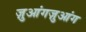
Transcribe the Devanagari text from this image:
ज़ुआंगज़ुआंग